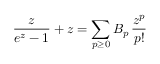
\frac { z } { e ^ { z } - 1 } + z = \sum _ { p \geq 0 } B _ { p } \, \frac { z ^ { p } } { p ! }